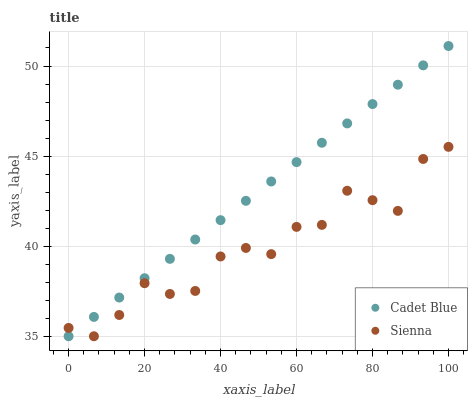
| xaxis_label | Cadet Blue | Sienna |
 | --- | --- | --- |
 | 0 | 35 | 35.5 |
 | 6.67 | 36.1 | 35 |
 | 13.3 | 37.1 | 36.2 |
 | 20 | 38.2 | 37.9 |
 | 26.7 | 39.3 | 37.3 |
 | 33.3 | 40.4 | 37.5 |
 | 40 | 41.4 | 39.4 |
 | 46.7 | 42.5 | 39.9 |
 | 53.3 | 43.6 | 39.6 |
 | 60 | 44.7 | 41.1 |
 | 66.7 | 45.7 | 41.2 |
 | 73.3 | 46.8 | 43.1 |
 | 80 | 47.9 | 42.6 |
 | 86.7 | 49 | 42 |
 | 93.3 | 50 | 44.8 |
 | 100 | 51.1 | 45.5 |